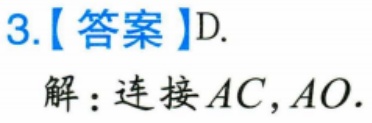
3.【答案】D.
解：连接 \(AC,AO\).